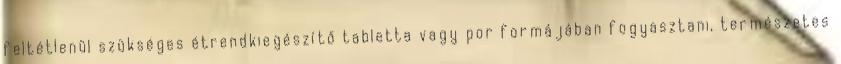
feltétlenül szükséges étrendkiegészítő tabletta vagy por formájában fogyasztani, természetes